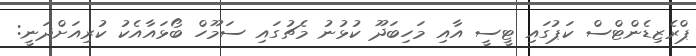
ޕްރެޒިޑެންޓްސް ކަޕުގައި ޓީސީ އާއި މަހިބަދޫ ކުޅުނު މެޗުގައި ސަމޫހް ބޯޅައާއެކު ކުރިއަށްދަނީ: